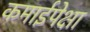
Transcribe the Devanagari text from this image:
कमाईपेक्षा